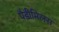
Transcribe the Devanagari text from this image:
पैडीमिलस